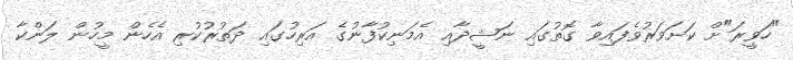
"ހަވީރަ"ށް ކަށަވަރުވެފައިވާ ގޮތުގައި ނަޝީދާއި އެމަނިކުފާނުގެ އަރިހުގައި ދަތުރުކުރި އެހެން މީހުން ލަންކާ